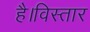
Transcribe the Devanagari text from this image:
है।विस्तार